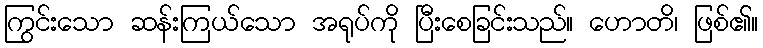
ကြွင်းသော ဆန်းကြယ်သော အရုပ်ကို ပြီးစေခြင်းသည်။ ဟောတိ၊ ဖြစ်၏။